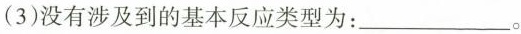
(3)没有涉及到的基本反应类型为：___。